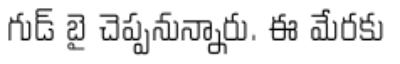
గుడ్ బై చెప్పనున్నారు. ఈ మేరకు